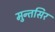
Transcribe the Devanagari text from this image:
मुन्तसिर